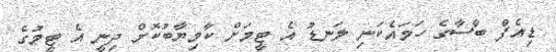
ޑިއެފް ބާސާގެ ހަމައެކަނި ލަނޑު އެ ޓީމަށް ކާމިޔާބުކޮށް ދިނީ އެ ޓީމުގެ